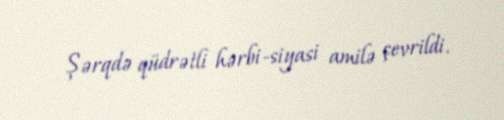
Şərqdə qüdrətli hərbi-siyasi amilə çevrildi.